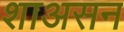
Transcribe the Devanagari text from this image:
शाअसन